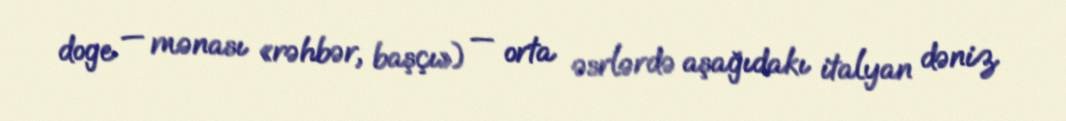
doge — mənası «rəhbər, başçı») — orta əsrlərdə aşağıdakı italyan dəniz